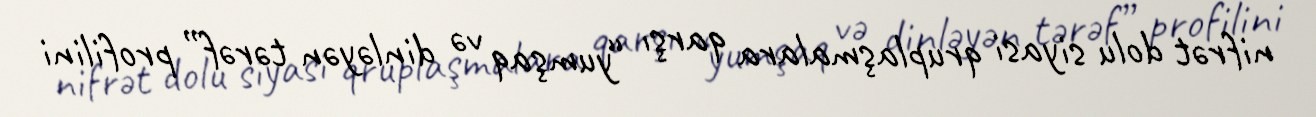
nifrət dolu siyasi qruplaşmalara qarşı “yumşaq və dinləyən tərəf” profilini